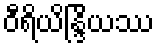
ဝီရိယိန္ဒြိယဿ